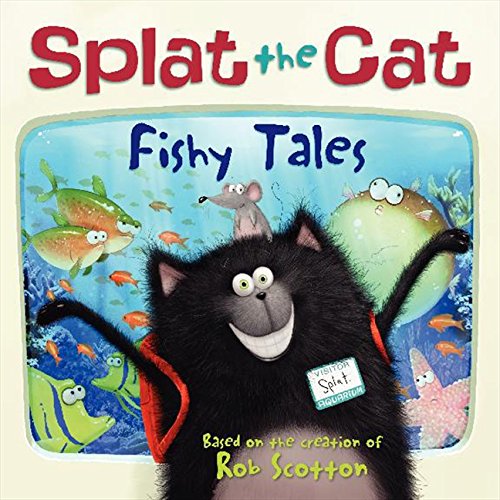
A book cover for Splat the Cat: Fishy Tales; Annie Auerbach; Children's Books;